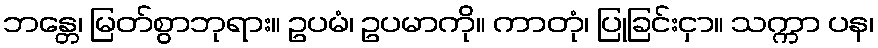
ဘန္တေ၊ မြတ်စွာဘုရား။ ဥပမံ၊ ဥပမာကို။ ကာတုံ၊ ပြုခြင်းငှာ။ သက္ကာ ပန၊